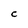
Character: C